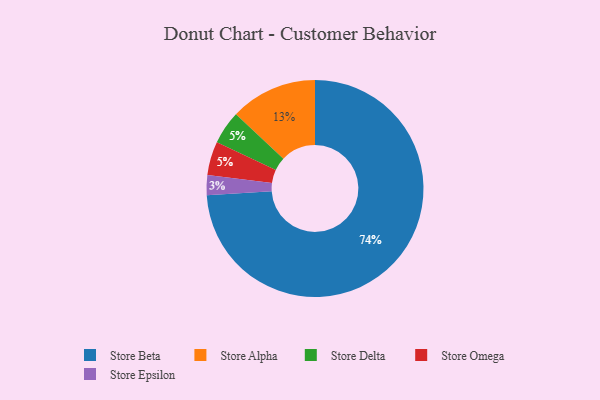
{"axis": {"x": "Category", "y": "Percentage"}, "legend": ["Store Alpha", "Store Beta", "Store Delta", "Store Epsilon", "Store Omega"], "data": [{"x": "Store Beta", "y": 74, "type": "Store Beta"}, {"x": "Store Delta", "y": 5, "type": "Store Delta"}, {"x": "Store Epsilon", "y": 3, "type": "Store Epsilon"}, {"x": "Store Omega", "y": 5, "type": "Store Omega"}, {"x": "Store Alpha", "y": 13, "type": "Store Alpha"}]}